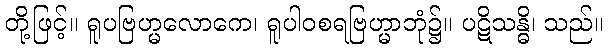
တို့ဖြင့်။ ရူပဗြဟ္မလောကေ၊ ရူပါဝစရဗြဟ္မာဘုံ၌။ ပဋိသန္ဓိ၊ သည်။